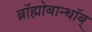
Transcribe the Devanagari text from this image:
ब्रॉह्मोबान्धॉब्